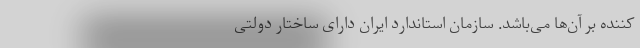
‌کننده بر آن‌ها می‌باشد. سازمان استاندارد ایران دارای ساختار دولتی